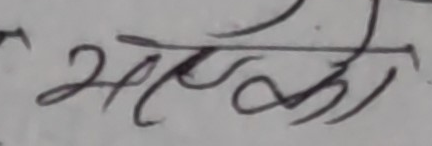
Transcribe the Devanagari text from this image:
भएको